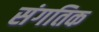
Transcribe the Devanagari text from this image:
संगतिक